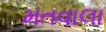
મતવાલા